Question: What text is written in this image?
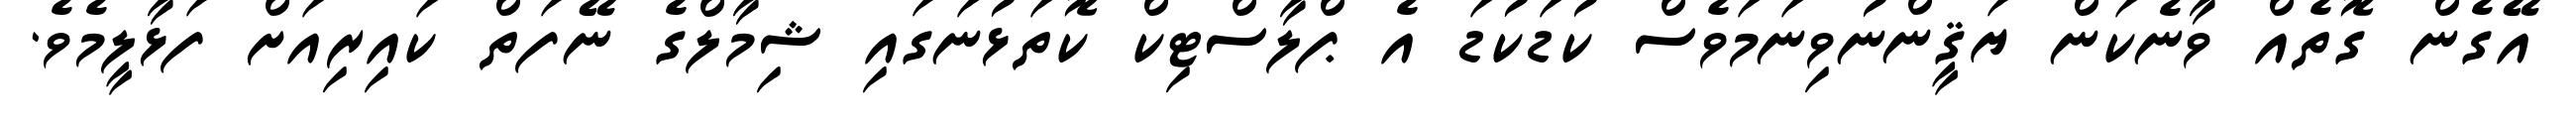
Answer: އޭގެން ގޮތެއް ވާނެކަން ޔަޤީންނުވިނަމަވެސް ކުޑަކުޑަ އެ ޕްލާސްޓިކް ކޮތަޅުނަގައި ޝިމާލްގެ ނޭފަތް ކައިރިއަށް ފަޅާލީމެވެ.